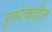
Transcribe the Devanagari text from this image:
उ्त्तरेकडील